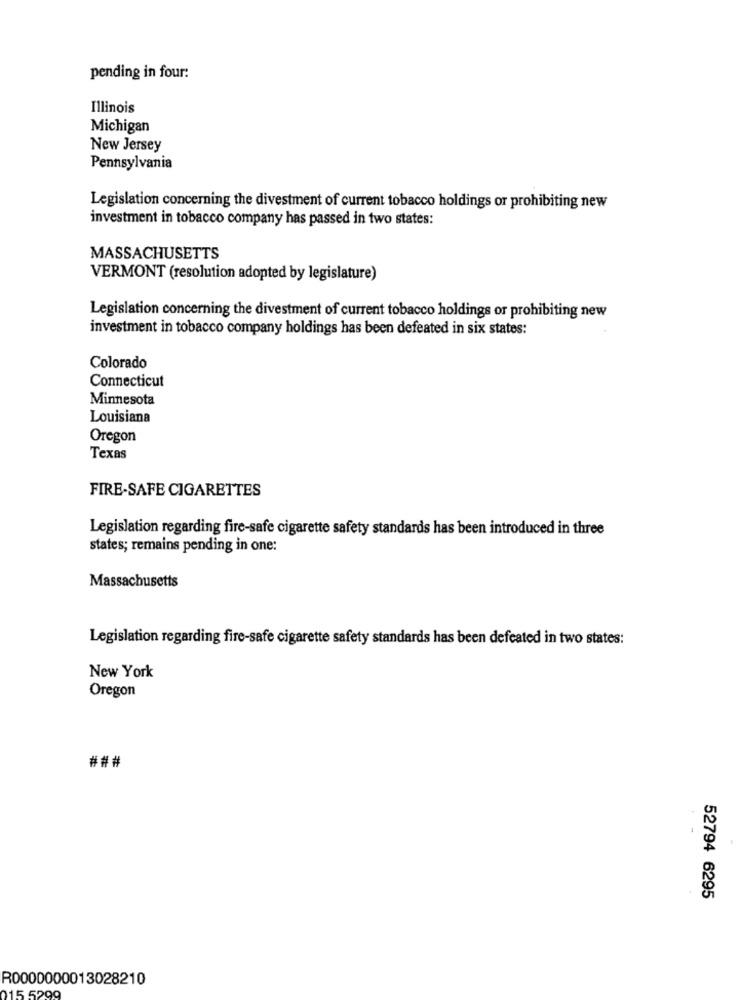
pending in four:
Illinois
Michigan
New Jersey
Pennsylvania
Legislation concerning the divestment of current tobacco holdings or prohibiting new
investment in tobacco company has passed in two states:
MASSACHUSETTS
VERMONT (resolution adopted by legislature)
Legislation concerning the divestment of current tobacco holdings or prohibiting new
investment in tobacco company holdings has been defeated in six states:
Colorado
Connecticut
Minnesota
Louisiana
Oregon
Texas
FIRE-SAFE CIGARETTES
Legislation regarding fire-safe cigarette safety standards has been introduced in three
states; remains pending in one:
Massachusetts
Legislation regarding fire-safe cigarette safety standards has been defeated in two states:
New York
Oregon
###
52794 6295
R0000000013028210
15 5299